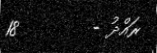
ރައްދު -        18